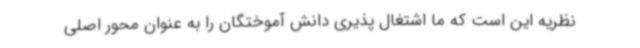
نظریه این است که ما اشتغال پذیری دانش آموختگان را به عنوان محور اصلی